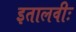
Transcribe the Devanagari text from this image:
इतालवीः